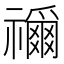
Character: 𮂢